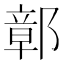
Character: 鄣